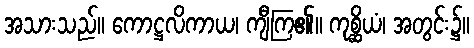
အသားသည်။ ကောဋ္ဌလိကာယ၊ ကျီကြ၏။ ကုစ္ဆိယံ၊ အတွင်း၌။